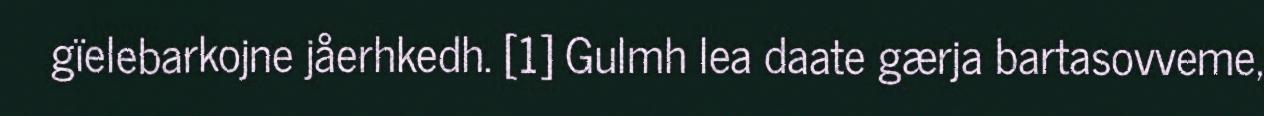
gïelebarkojne jåerhkedh. [1] Gulmh lea daate gærja bartasovveme,